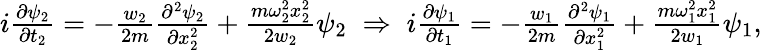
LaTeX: \begin{array}{r}{i\frac{\partial\psi_{2}}{\partial t_{2}}=-\frac{w_{2}}{2m}\frac{\partial^{2}\psi_{2}}{\partial x_{2}^{2}}+\frac{m\omega_{2}^{2}x_{2}^{2}}{2w_{2}}\psi_{2}\; \Rightarrow\; i\frac{\partial\psi_{1}}{\partial t_{1}}=-\frac{w_{1}}{2m}\frac{\partial^{2}\psi_{1}}{\partial x_{1}^{2}}+\frac{m\omega_{1}^{2}x_{1}^{2}}{2w_{1}}\psi_{1},}\end{array}